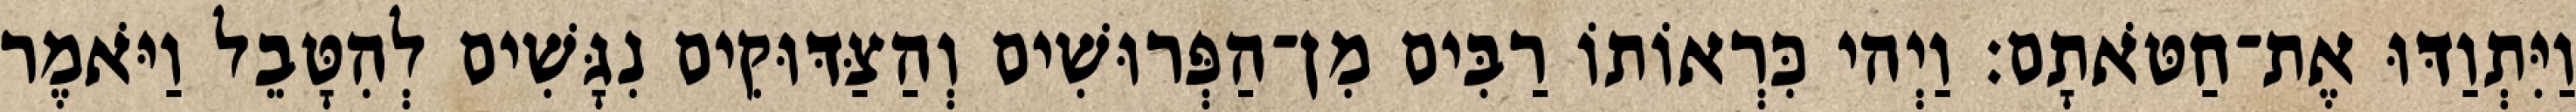
וַיִּתְוַדּוּ אֶת־חַטֹּאתָם׃ וַיְהי כִּרְאוֹתוֹ רַבִּים מִן־הַפְּרוּשִׁים וְהַצַּדּוּקִים נִגָּשִׁים לְהִטָּבֵל וַיֹּאמֶר